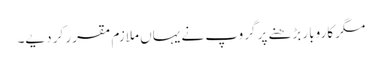
مگر کاروبار بڑھنے پر گروپ نے یہاں ملازم مقرر کر دیے۔